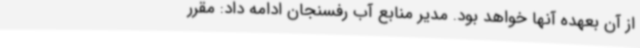
از آن بعهده آنها خواهد بود. مدیر منابع آب رفسنجان ادامه داد: مقرر